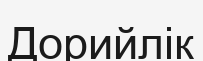
Дорийлік